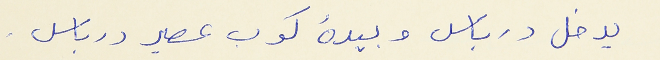
يدخل درباس وبيدهُ كوب عصير درباس .